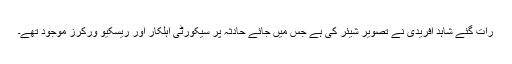
رات گئے شاہد آفریدی نے تصویر شیئر کی ہے جس میں جائے حادثہ پر سیکورٹی اہلکار اور ریسکیو ورکرز موجود تھے۔